system: You are a helpful assistant.
user:
Analyze the provided spectrum to determine if it is a **Carbon Star (C-type)**.

- **Key Visual Indicators of Carbon Star:**
    - **(Primary):** Strong molecular absorption from **C₂ (diatomic carbon) "Swan Bands."** This is the **defining feature** of a carbon star.
        - **(Key Bandheads):** Sharp absorption edges are visible at approximately $5635$ Å, $5165$ Å (the strongest band), and $4737$ Å.
        - **(Line Profile):** Creates a distinct **"saw-tooth"** pattern. The key morphology is a sharp, steep bandhead on the **red (long-wavelength) side**, which then gradually tapers off (i.e., flux recovers) towards the **blue (short-wavelength) side**. *(This is the direct opposite of the TiO bands seen in M-type stars)*.

    - **(Secondary):** Intense **CN (cyanogen)** molecular absorption bands.
        - **(Key Bandheads):** Located in the blue and violet regions of the spectrum (e.g., near $4215$ Å and $3883$ Å).
        - **(Morphology):** These bands are extremely broad and act as a "blanket," absorbing the vast majority of blue and violet light. This creates a characteristic **"cliff"** or **"steep drop-off"** in the spectrum's flux at short wavelengths.

    - **(Key Confirmation):** Strong **CH absorption band (G-band)**.
        - **(Key Bandhead):** Located around $4300$ Å. The contribution from CH molecules to this band is exceptionally strong.

    - **(Overall Spectrum):**
        - The continuum is severely "chopped up" by these deep molecular bands, especially C₂, rather than appearing as a smooth curve.
        - Due to the heavy CN and C₂ absorption in the blue-green, the vast majority of the star's flux is concentrated in the red part of the spectrum, giving the star its characteristic deep red color.

Think first, call **spectral_visualization_tool** if needed to examine features in detail, then provide your final answer. Your response must adhere to the following strict rules:
1.  **Overall Structure:** Your response must follow the format `<think>...</think> <tool_call>...</tool_call> (if a tool is used) <answer>...</answer>`.
2.  **Tool Usage Constraint:** You may only make **one** tool call per turn.
3.  **Final Answer Format:** In the `<answer>` tag, your conclusion must be inside a `\boxed{}` command (e.g., `\boxed{YES}`), followed by your justification.

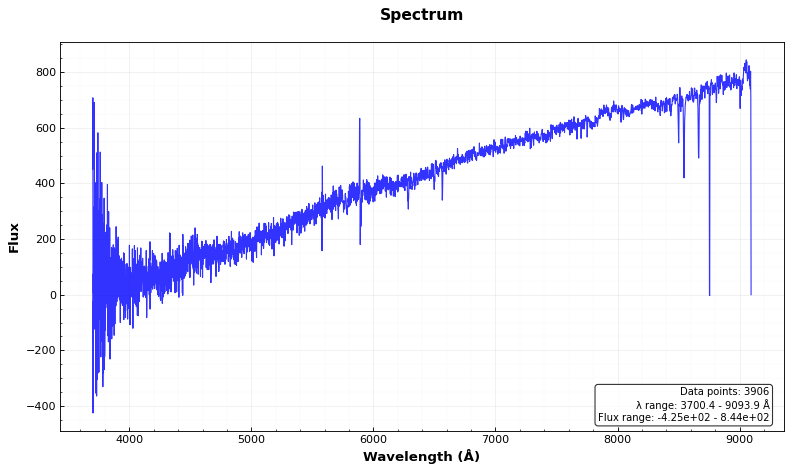
Answer: NO